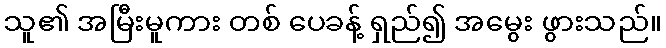
သူ၏ အမြီးမူကား တစ် ပေခန့် ရှည်၍ အမွေး ဖွားသည်။